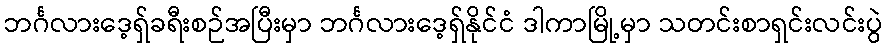
ဘင်္ဂလားဒေ့ရှ်ခရီးစဉ်အပြီးမှာ ဘင်္ဂလားဒေ့ရှ်နိုင်ငံ ဒါကာမြို့မှာ သတင်းစာရှင်းလင်းပွဲ